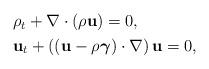
LaTeX: \begin{align*}\begin{aligned}& \rho_t +\nabla\cdot (\rho \mathbf{u})=0,\\& \mathbf{u}_t + \left( (\mathbf{u} - \rho \boldsymbol\gamma )\cdot\nabla \right) \mathbf{u}=0,\end{aligned}\end{align*}